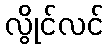
လွိုင်လင်